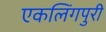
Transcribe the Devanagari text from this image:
एकलिंगपुरी